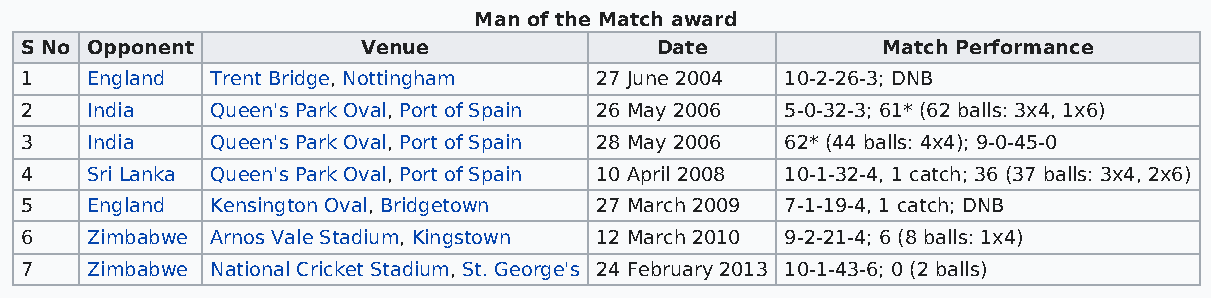
Man of the Match award
 S No Opponent          Venue              Date           Match Performance
 1    England Trent Bridge, Nottingham 27 June 2004 10-2-26-3; DNB
 2    India   Queen's Park Oval, Port of Spain 26 May 2006 5-0-32-3; 61* (62 balls: 3x4, 1x6)
 3    India   Queen's Park Oval, Port of Spain 28 May 2006 62* (44 balls: 4x4); 9-0-45-0
 4    Sri Lanka Queen's Park Oval, Port of Spain 10 April 2008 10-1-32-4, 1 catch; 36 (37 balls: 3x4, 2x6)
 5    England Kensington Oval, Bridgetown 27 March 2009 7-1-19-4, 1 catch; DNB
 6    Zimbabwe Arnos Vale Stadium, Kingstown 12 March 2010 9-2-21-4; 6 (8 balls: 1x4)
 7    Zimbabwe National Cricket Stadium, St. George's 24 February 2013 10-1-43-6; 0 (2 balls)